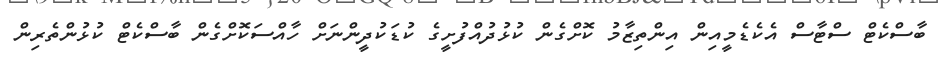
ބާސްކެޓް ސްޓާސް އެކެޑެމީއިން އިންތިޒާމު ކޮށްގެން ކުޅުދުއްފުށީގެ ކުޑަކުދީންނަށް ހާއްސަކޮަށްގެން ބާސްކެޓް ކުޅުންތެރިން